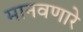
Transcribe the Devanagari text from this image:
मानवणारे